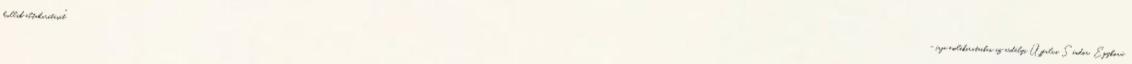
hullák eltakarítását"- írja emlékirataiban az erdélyi Újfalvi Sándor. Egykorú